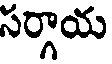
సర్గాయ